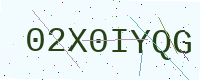
Text: 02X0IYQG